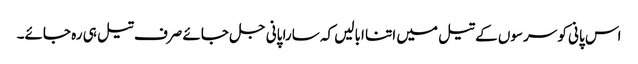
اس پانی کو سرسوں کے تیل میں اتنا ابالیں کہ سارا پانی جل جائے صرف تیل ہی رہ جائے۔